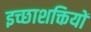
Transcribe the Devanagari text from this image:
इच्छाशक्तियों